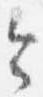
令